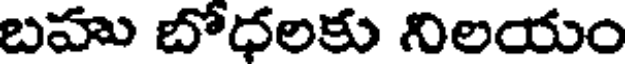
బహు బోధలకు నిలయం